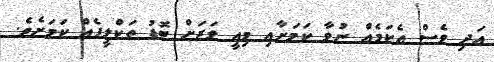
އަދި ވެސް އެކަމެއް ނުވާ ކަމަށާއި މިއީ ވަރަށް ބޮޑު ތަކްލީފެއް ކަމަށެވެ.